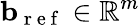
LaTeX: \mathbf{b}_{\mathrm{~r~e~f~}}\in\mathbb{R}^{m}